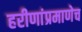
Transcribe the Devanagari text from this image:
हरीणांप्रमाणेच